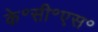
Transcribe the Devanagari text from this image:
के॰सी॰एस॰